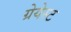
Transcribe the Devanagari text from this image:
ग्रेयेस्ट